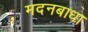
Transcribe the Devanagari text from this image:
मदनबाधा